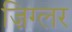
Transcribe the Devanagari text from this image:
ज़िग्लर